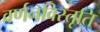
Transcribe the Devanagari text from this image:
वर्णनविस्तृति